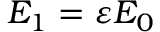
E _ { 1 } = \varepsilon E _ { 0 }